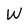
Character: W